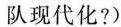
队现代化?)